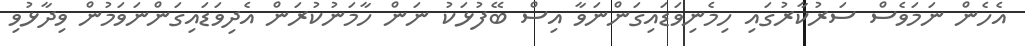
އެހެން ނަމަވެސް ސަރުކާރުގައި ހިމެނިވަޑައިގަންނަވާ އިސް ބޭފުޅަކު ނަން ހާމަނުކުރަން އެދިވަޑައިގަންނަވަމުން ވިދާޅުވި